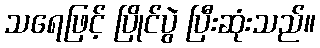
သရေဖြင့် ပြိုင်ပွဲ ပြီးဆုံးသည်။